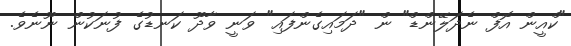
"ކްއީން އޮފް ނެދަލޭންޑް" ން "ދަމައިގެންފައި" ވަނީ ވާދޫ ކަނޑުގެ ފުނަކުން ނޫނެވެ.